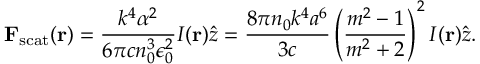
\mathbf { F } _ { \mathrm { s c a t } } ( \mathbf { r } ) = { \frac { k ^ { 4 } \alpha ^ { 2 } } { 6 \pi c n _ { 0 } ^ { 3 } \epsilon _ { 0 } ^ { 2 } } } I ( \mathbf { r } ) { \hat { z } } = { \frac { 8 \pi n _ { 0 } k ^ { 4 } a ^ { 6 } } { 3 c } } \left( { \frac { m ^ { 2 } - 1 } { m ^ { 2 } + 2 } } \right) ^ { 2 } I ( \mathbf { r } ) { \hat { z } } .